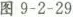
图9-2-29